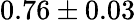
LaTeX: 0.76\pm 0.03